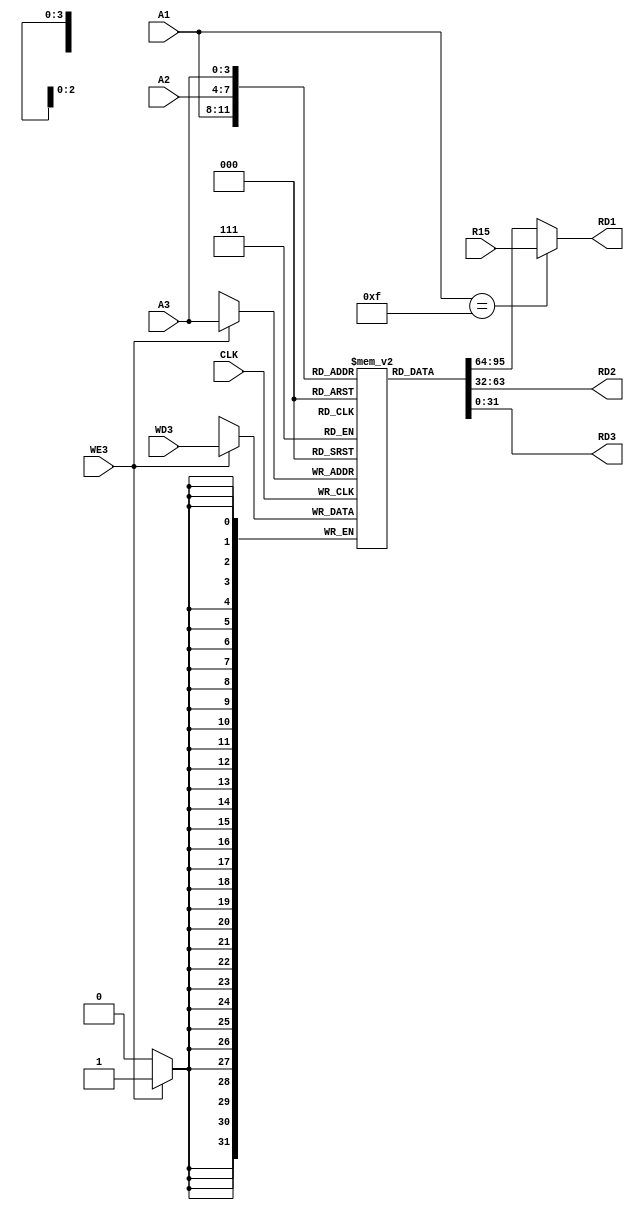
module regfile(output [31:0] RD1, // first reg out
	       output [31:0] RD2, // second reg out
	       output [31:0] RD3, // third reg out
	       input [31:0]  WD3, // value to store
	       input [31:0]  R15, // pc in value
	       input [3:0]   A1, // first read address
	       input [3:0]   A2, // second read address
	       input [3:0]   A3, // third read/write address
	       input 	     WE3, // write enable
	       input 	     CLK) ; // the clock

   reg [31:0] 		     rf[14:0];

   initial
     begin
	rf[0] = 32'd11;
	rf[1] = 32'd22;
	rf[2] = 32'd33;
	rf[3] = 32'd44;
	rf[4] = 32'd55;
	rf[5] = 32'd66;
	rf[6] = 32'd77;
	rf[7] = 32'd88;
	rf[8] = 32'd99;
	rf[9] = 32'd111;
     end
	
   always @(posedge CLK)
     begin
	if(WE3 == 1'b1)
	  begin
	     rf[A3] <= WD3;
	  end
     end

   assign
     RD1 = (A1 == 4'b1111 ? R15 : rf[A1]); //rf[A1]; // (A1 == 4'b1111 ? R15 : rf[A1]);
   assign
     RD2 = rf[A2]; // non si pu leggere r15 qui
   assign
     RD3 = rf[A3];

endmodule